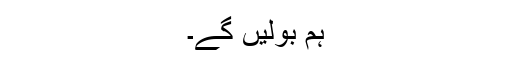
ہم بولیں گے۔